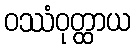
ဝဿံဝုတ္ထာယ